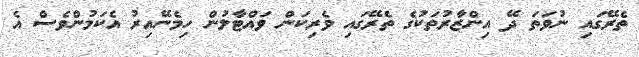
ތެރޭގައި ނުވަތަ ދޭ އިންޒާރުތަކުގެ ތެރޭގައި ވެރިކަން ވައްޓާލުން ހިމެނޭއިރު އެކަމުންވެސް އެ